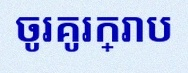
ចូរគូរក្រាប